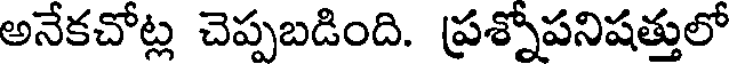
అనేకచోట్ల చెప్పబడింది. ప్రశ్నోపనిషత్తులో